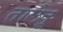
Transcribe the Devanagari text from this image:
तालेतू